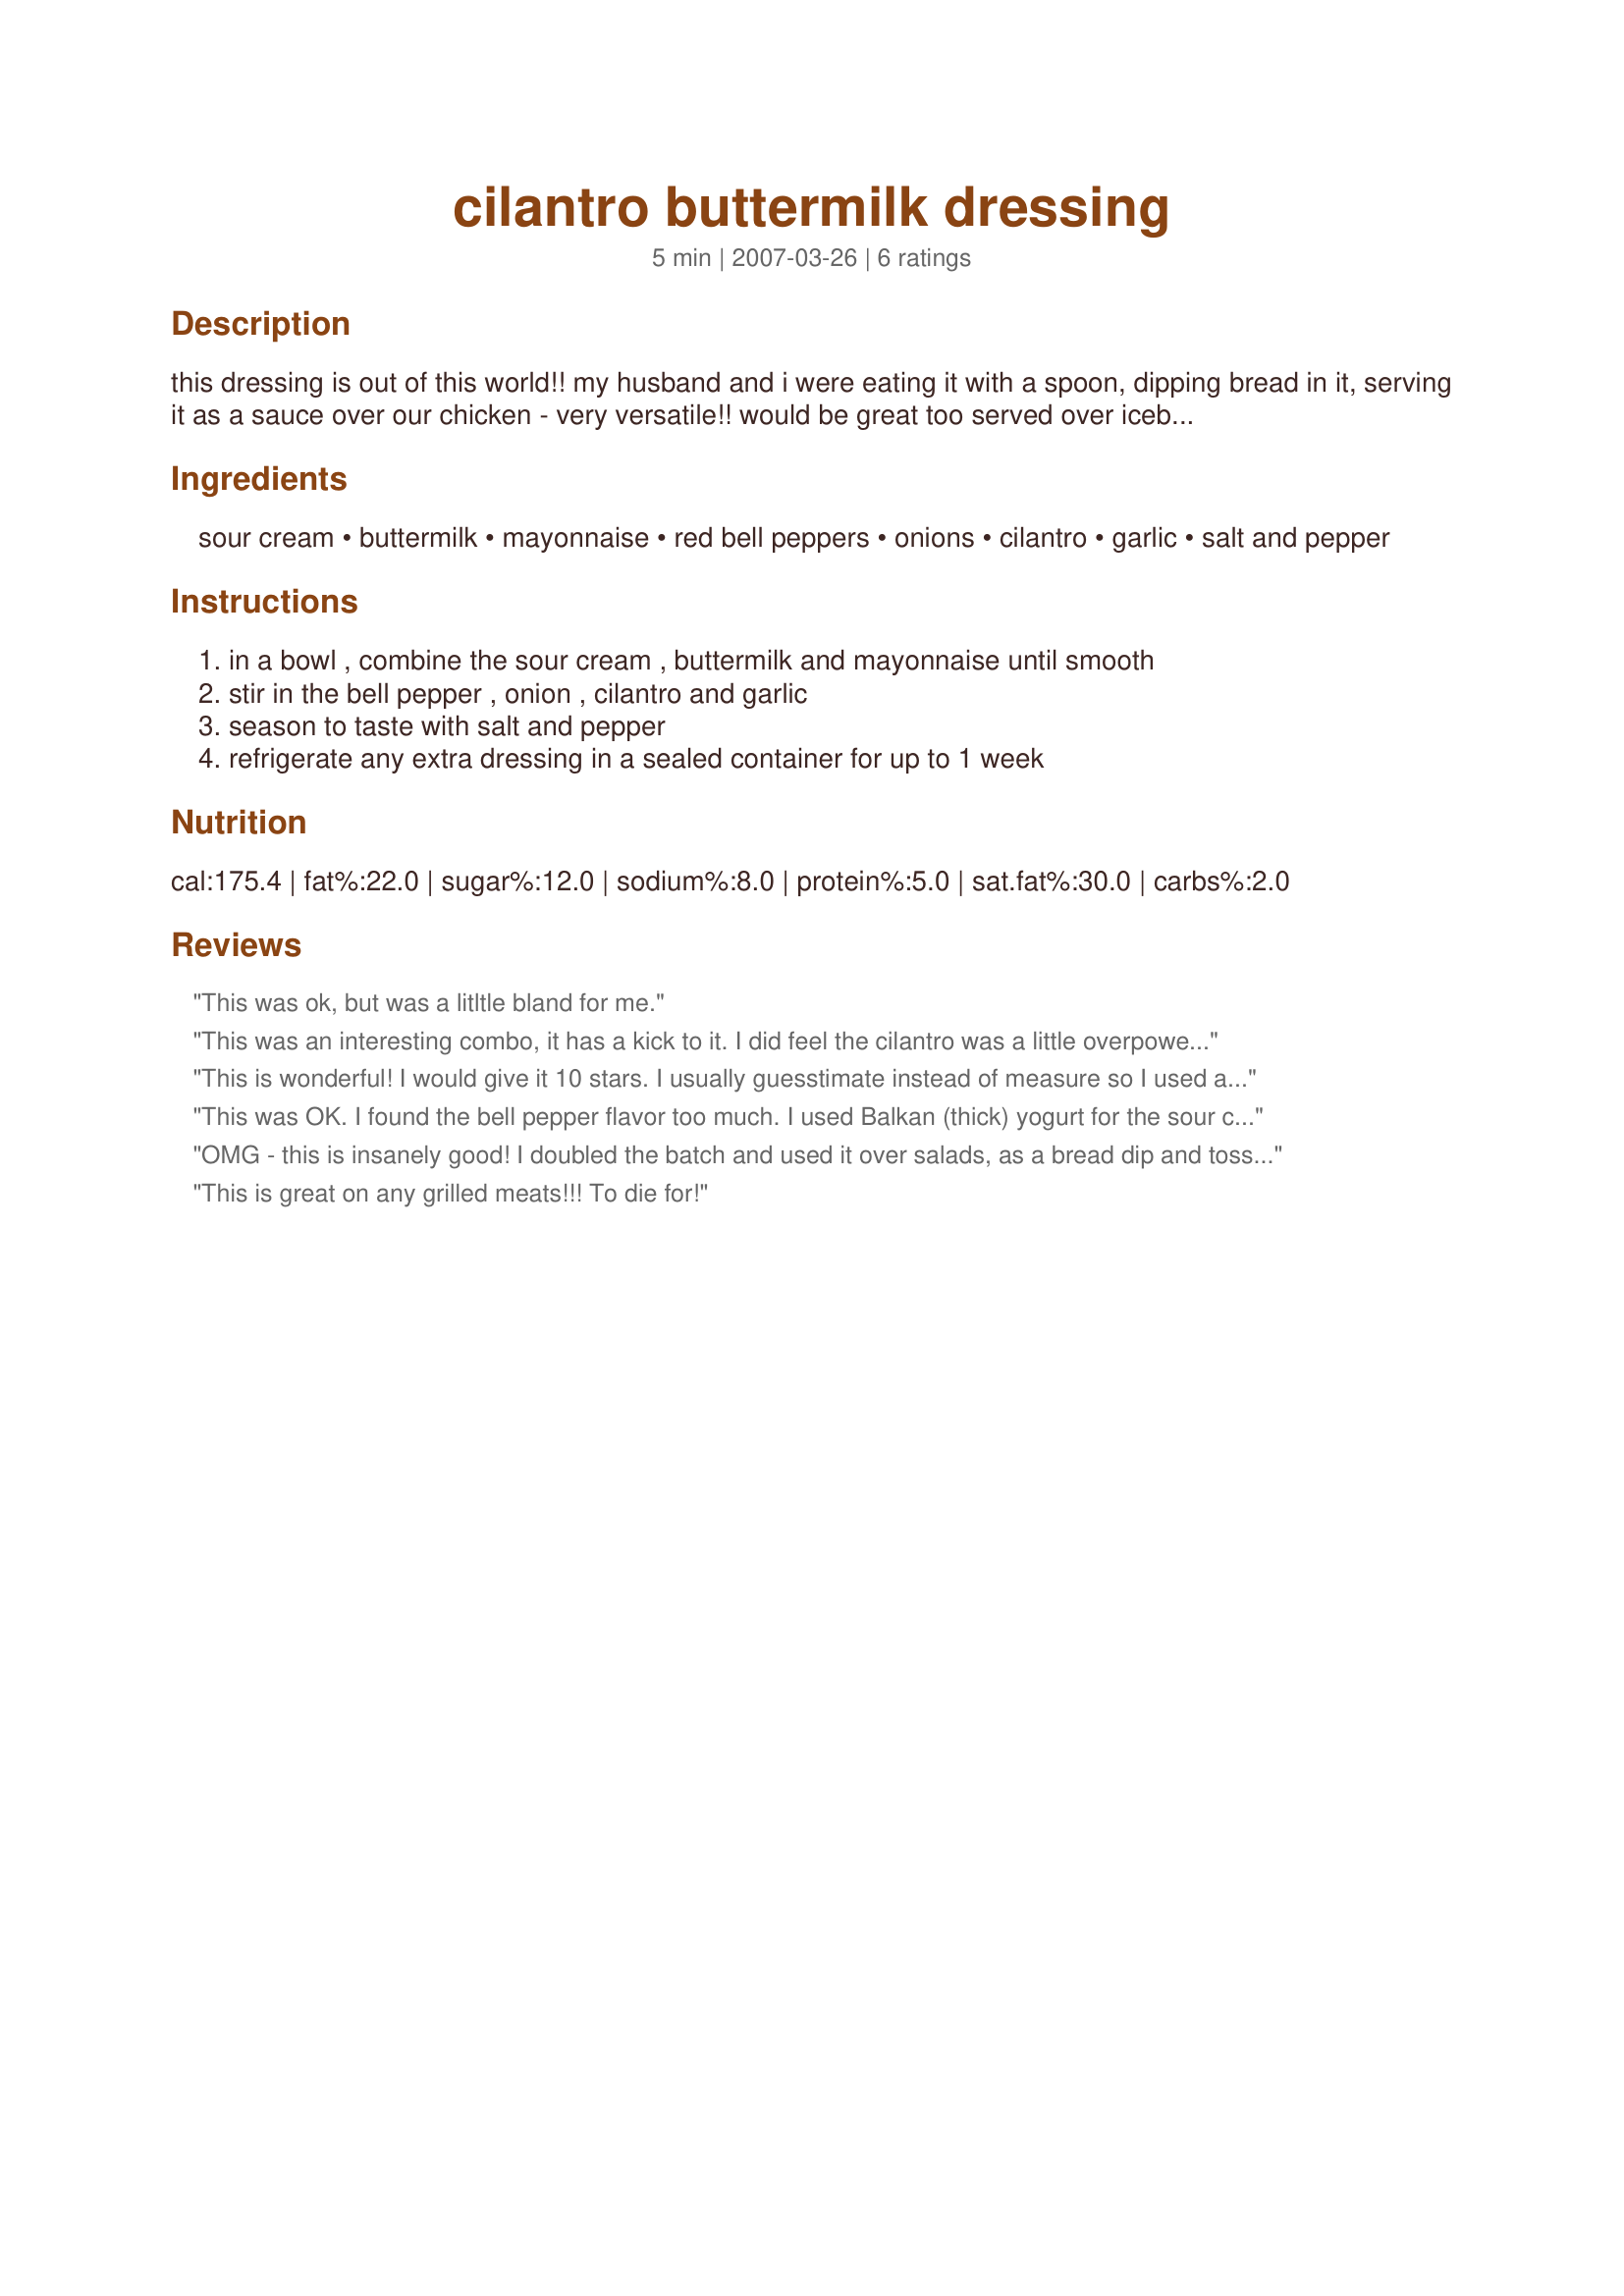
cilantro buttermilk dressing
Preparation time: 5 minutes

this dressing is out of this world!! my husband and i were eating it with a spoon, dipping bread in it, serving it as a sauce over our chicken - very versatile!! would be great too served over iceberg lettuce wedges!!

Ingredients:
sour cream, buttermilk, mayonnaise, red bell peppers, onions, cilantro, garlic, salt and pepper

Steps:
in a bowl , combine the sour cream , buttermilk and mayonnaise until smooth, stir in the bell pepper , onion , cilantro and garlic, season to taste with salt and pepper, refrigerate any extra dressing in a sealed container for up to 1 week

Reviews:
This was ok, but was a litltle bland for me.
This was an interesting combo, it has a kick to it. I did feel the cilantro was a little overpowering. I was using fresh cilantro from my garden, maybe it had more kick to it. But it was a refreshing taste for summer.
This is wonderful! I would give it 10 stars. I usually guesstimate instead of measure so I used about 1/4 of a large red bell pepper, 1 big slice of a red onion and 3 large cloves of garlic. Didn't have fresh cilantro so I used 6 cubes of Knorr cilantro cubes. It is pretty salty so didn't add any salt. Whirred all the veggies and the cilantro cubes in my mini chopper till really fine and added to dressing. It was perfect right away and I can hardly wait to taste it tonight after it has time for flavors to meld in refrigerator. Thanks so much for posting.
This was OK. I found the bell pepper flavor too much. I used Balkan (thick) yogurt for the sour cream. Some of the same kind of yogurt mixed with rice milk for the buttermilk, Hellman's olive oil mayonnaise to be soy free, orange bell pepper as that's what I had on hand, both red and green onion and sea salt for the salt. I won't make this again. Made for MAKE MY RECIPE~Tag Game Ed't 10.
OMG - this is insanely good! I doubled the batch and used it over salads, as a bread dip and tossed it with cucumbers, tomatoes & feta!! AWESOME!!
This is great on any grilled meats!!! To die for!
